65_HS1-834228961_62-HQ-83894_Section_7
Agency: FBI
Page 159
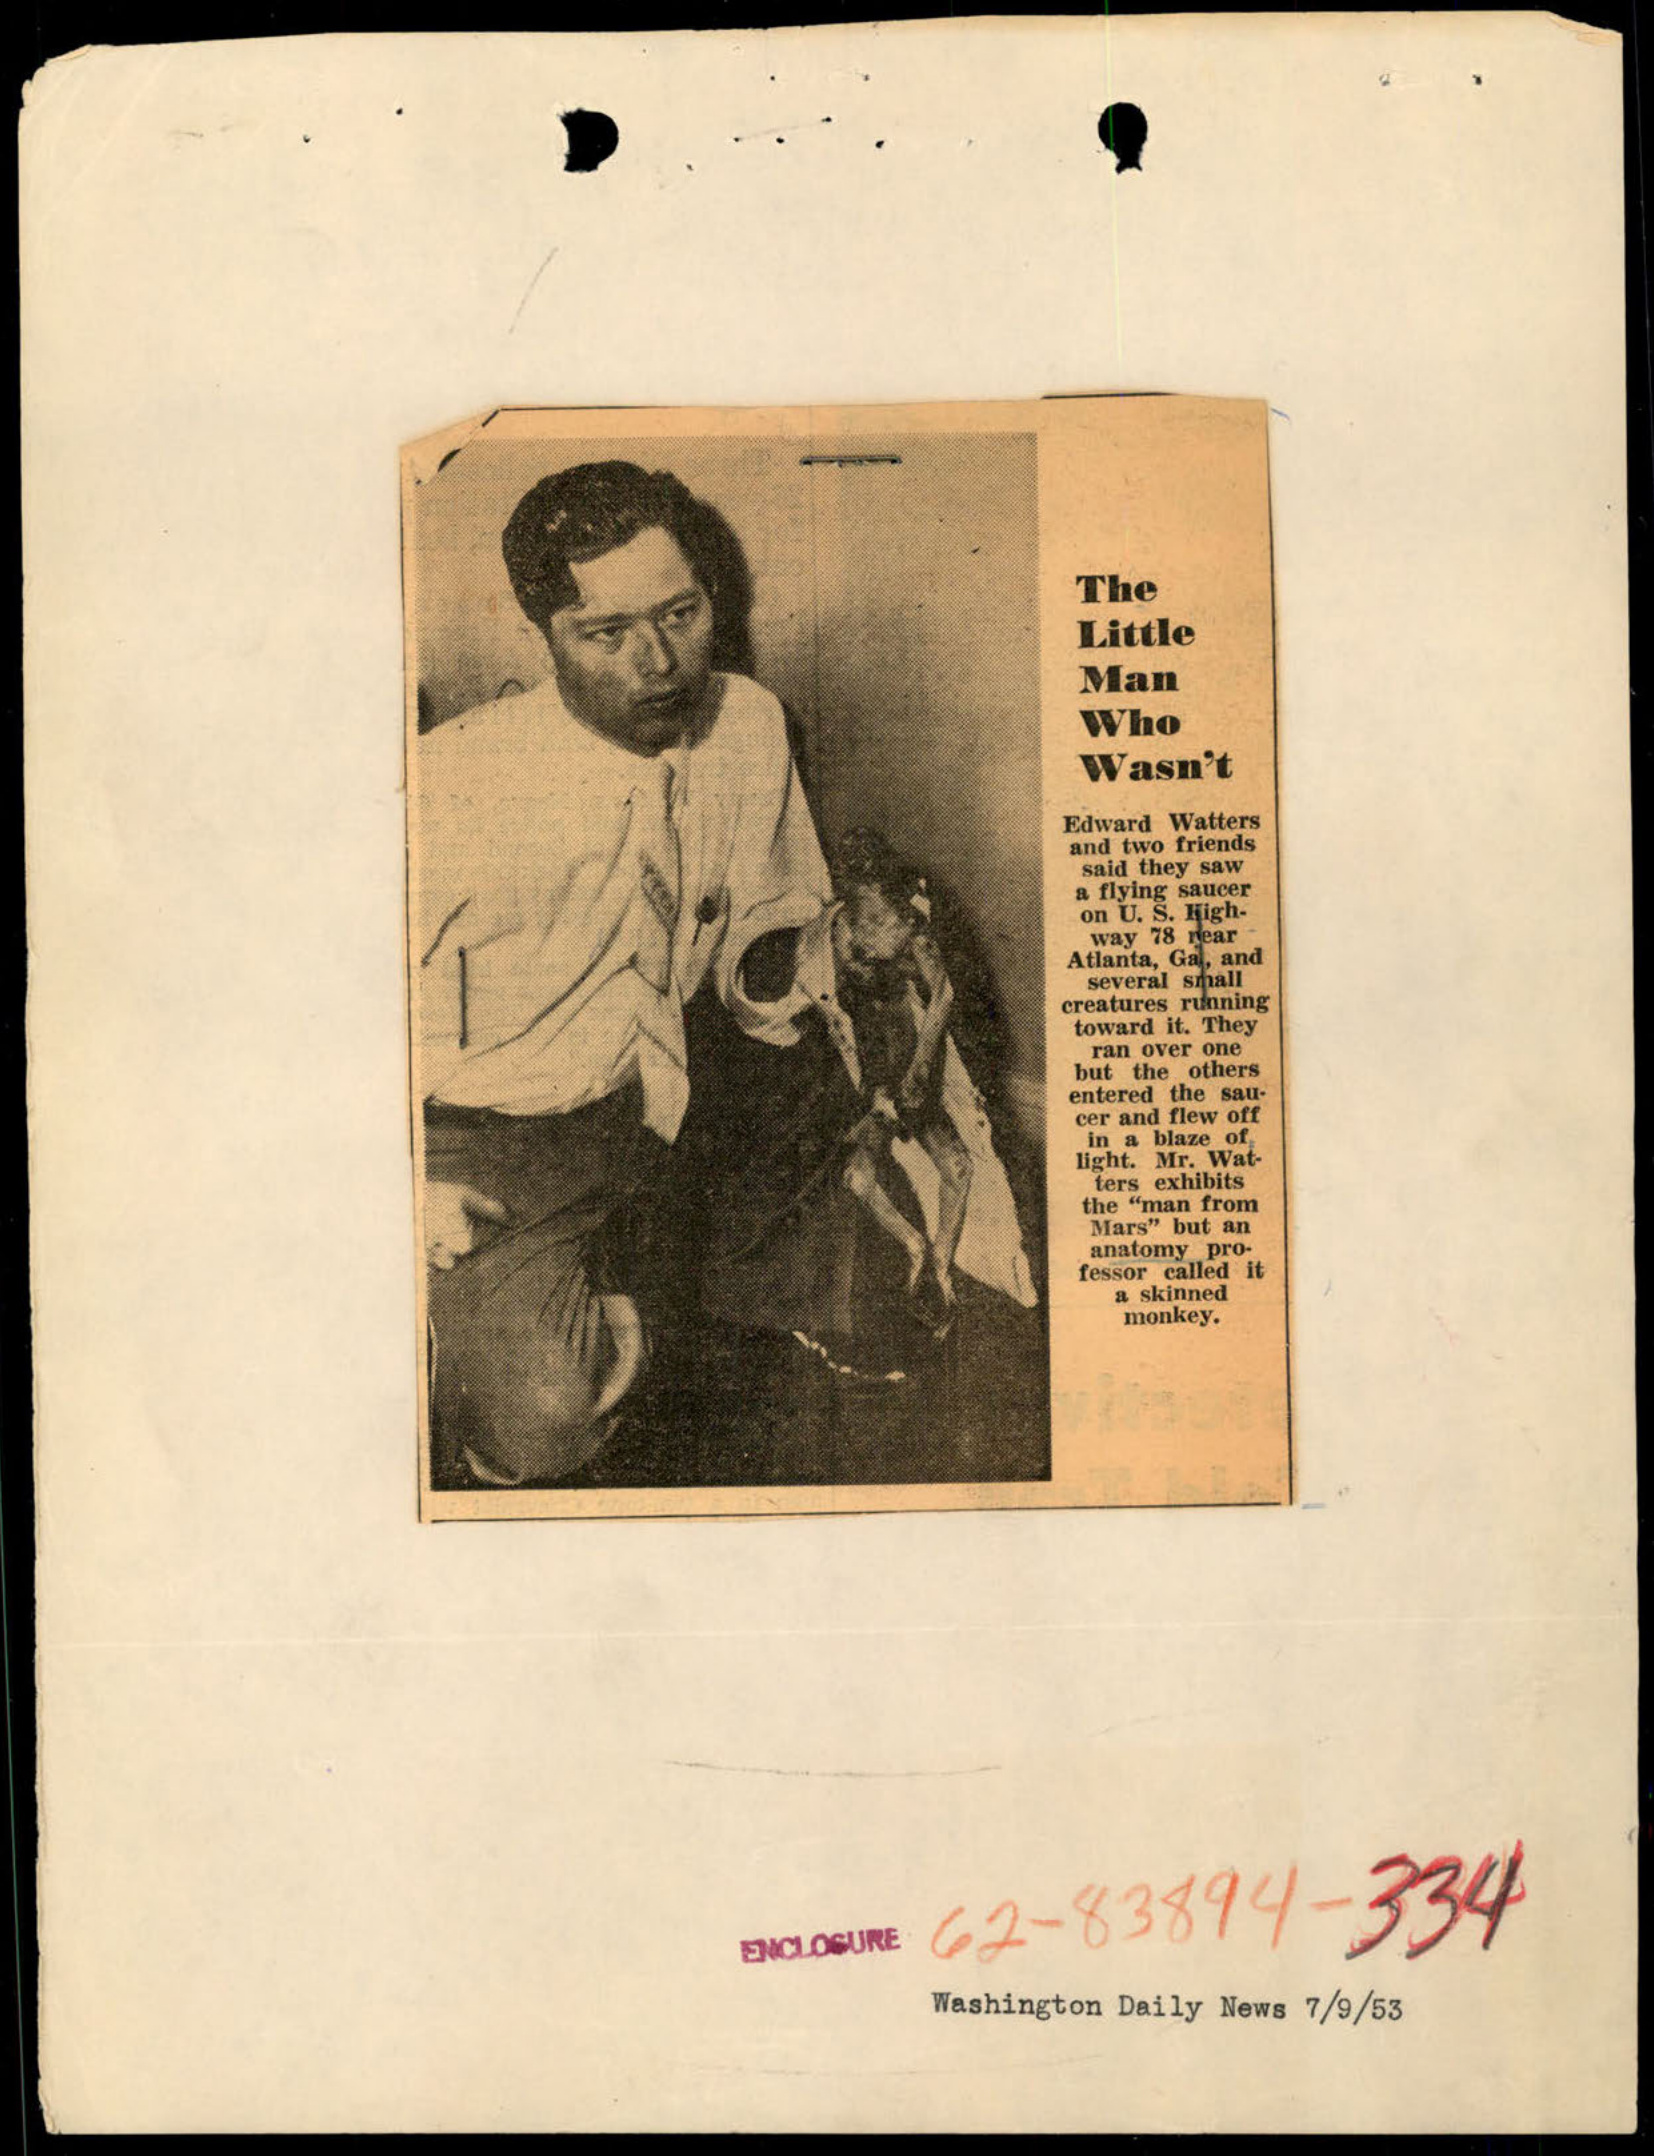